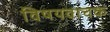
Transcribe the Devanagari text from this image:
विषयवाचक